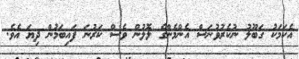
އެކަމަކު ގަބޫލު ނުކެރުވުނަސް އެންމެންގެ ލޮލުން ވެސް ކަރުނަ ފައިބަމުން ދިޔަ އެވެ.